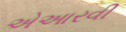
એઆરવી